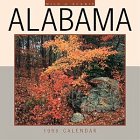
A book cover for Cal 99 Wild & Scenic Alabama; Browntrout Publishers; Travel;